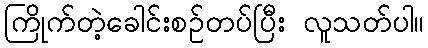
ကြိုက်တဲ့ခေါင်းစဉ်တပ်ပြီး လူသတ်ပါ။